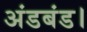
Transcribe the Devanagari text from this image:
अंडबंड।